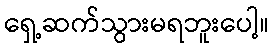
ရှေ့ဆက်သွားမရဘူးပေါ့။